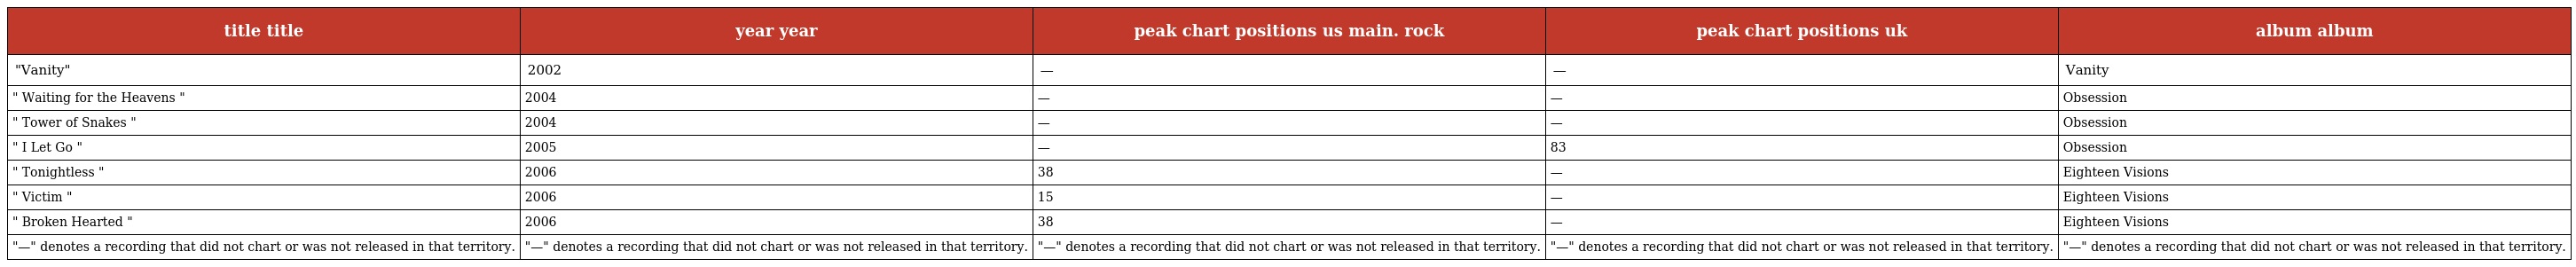
| title title | year year | peak chart positions us main. rock | peak chart positions uk | album album |
 | --- | --- | --- | --- | --- |
 | "Vanity" | 2002 | — | — | Vanity |
 | " Waiting for the Heavens " | 2004 | — | — | Obsession |
 | " Tower of Snakes " | 2004 | — | — | Obsession |
 | " I Let Go " | 2005 | — | 83 | Obsession |
 | " Tonightless " | 2006 | 38 | — | Eighteen Visions |
 | " Victim " | 2006 | 15 | — | Eighteen Visions |
 | " Broken Hearted " | 2006 | 38 | — | Eighteen Visions |
 | "—" denotes a recording that did not chart or was not released in that territory. | "—" denotes a recording that did not chart or was not released in that territory. | "—" denotes a recording that did not chart or was not released in that territory. | "—" denotes a recording that did not chart or was not released in that territory. | "—" denotes a recording that did not chart or was not released in that territory. |